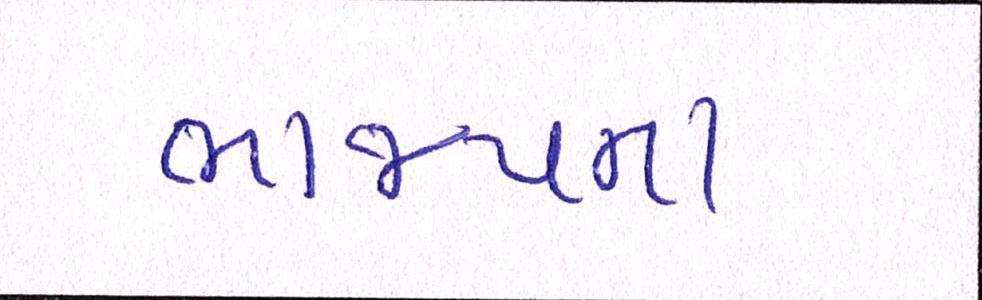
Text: ભાજપના